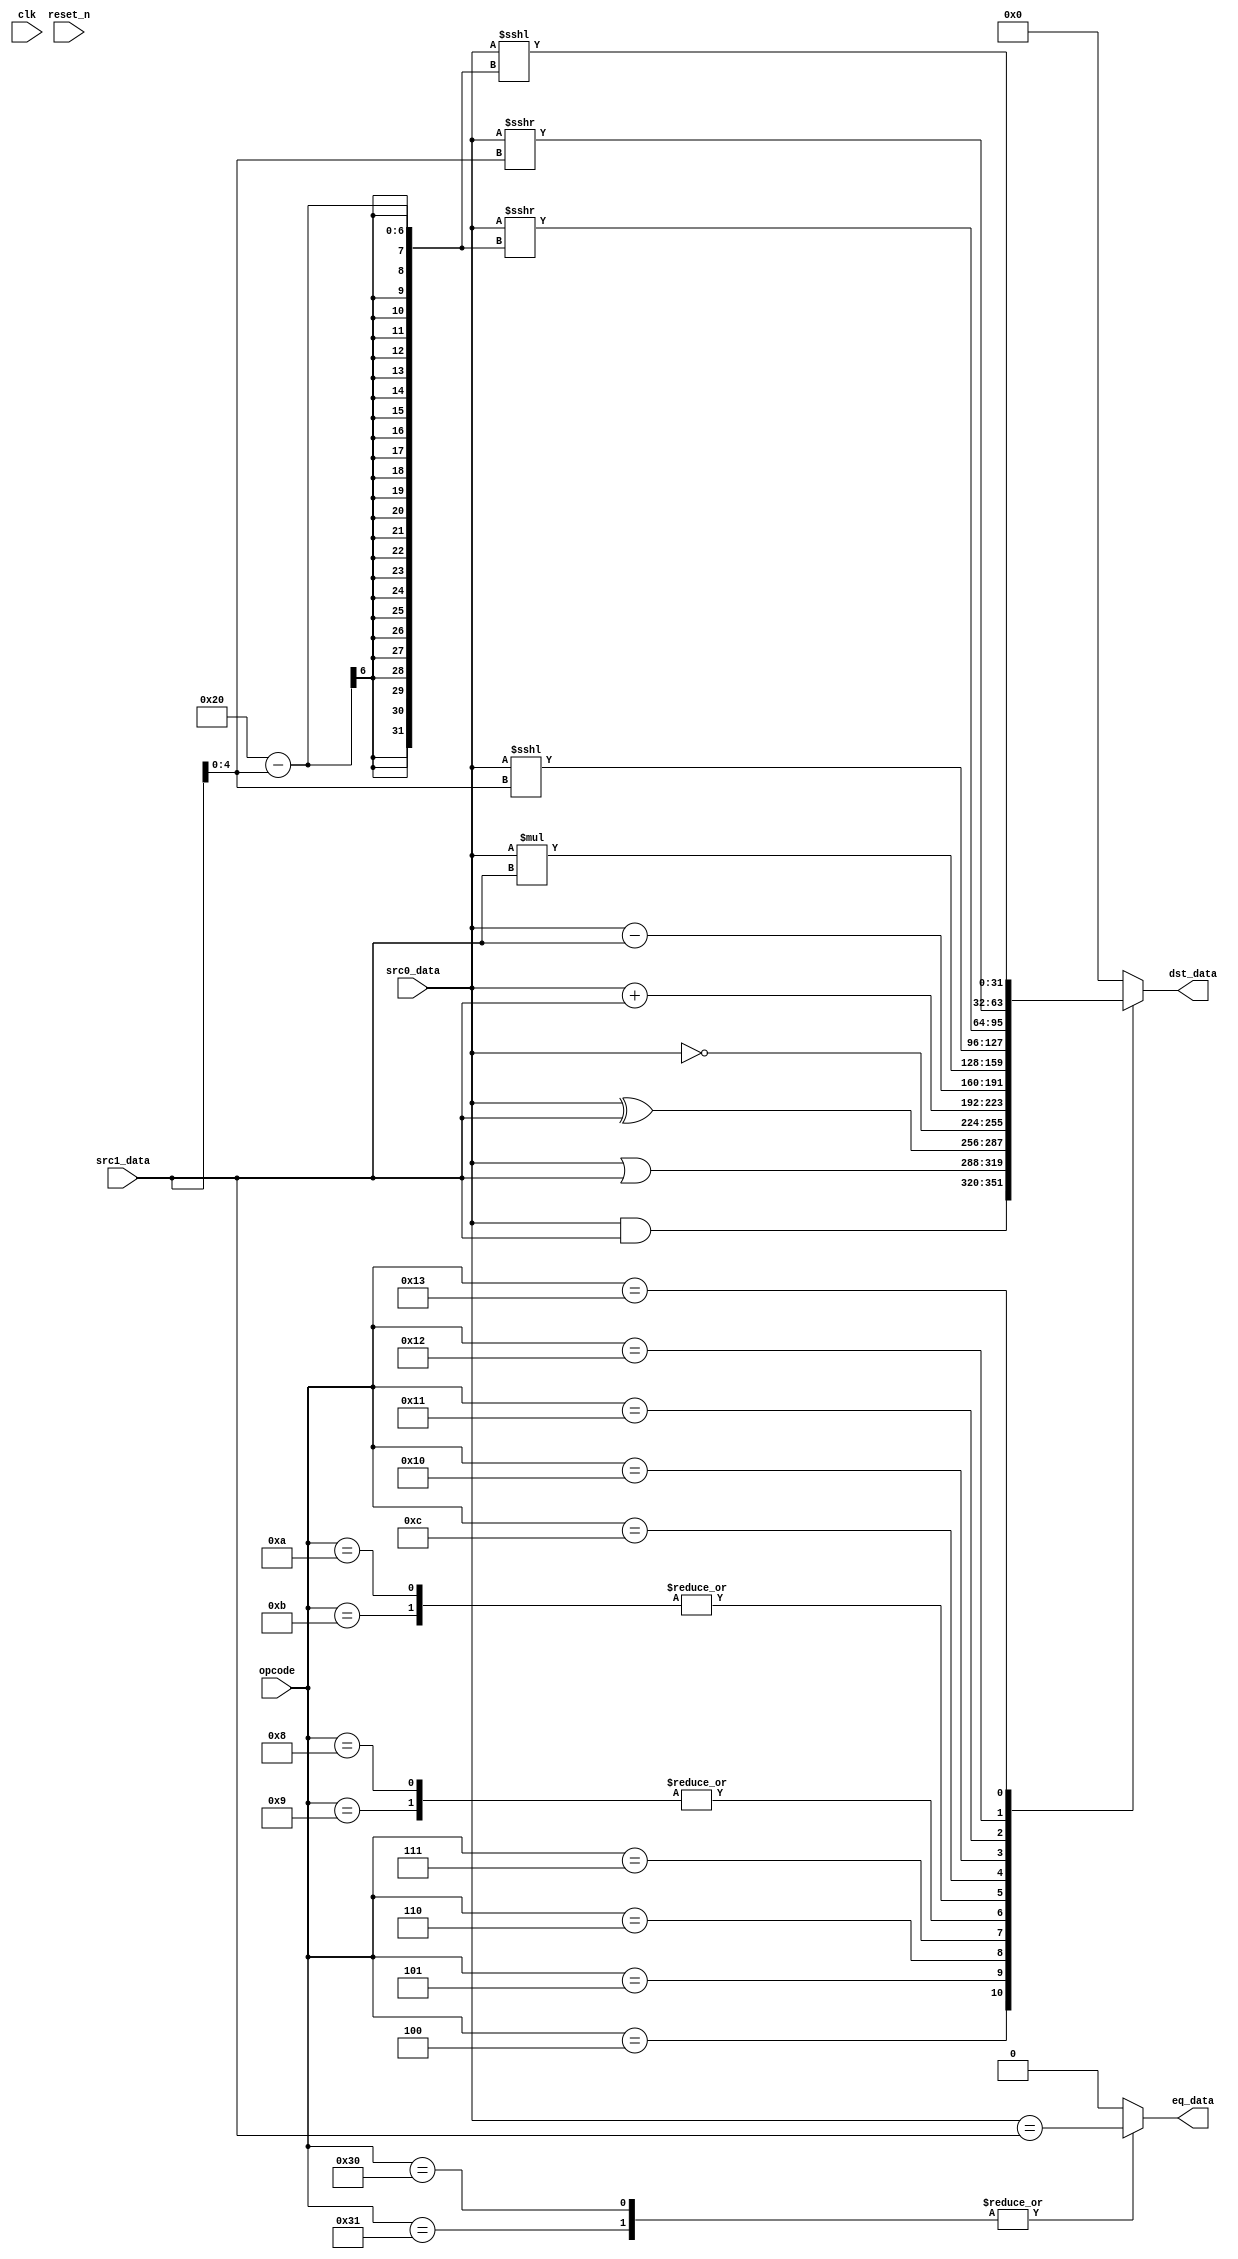
module fltcpu_alu(
                  input wire           clk,
                  input wire           reset_n,

                  input wire [5 : 0]   opcode,

                  input wire [31 : 0]  src0_data,
                  input wire [31 : 0]  src1_data,

                  output wire [31 : 0] dst_data,
                  output wire          eq_data
                 );


  //----------------------------------------------------------------
  // Internal constant and parameter definitions.
  //----------------------------------------------------------------
  localparam OPCODE_AND  = 6'h04;
  localparam OPCODE_OR   = 6'h05;
  localparam OPCODE_XOR  = 6'h06;
  localparam OPCODE_NOT  = 6'h07;

  localparam OPCODE_ADD  = 6'h08;
  localparam OPCODE_ADDI = 6'h09;
  localparam OPCODE_SUB  = 6'h0a;
  localparam OPCODE_SUBI = 6'h0b;
  localparam OPCODE_MUL  = 6'h0c;
  localparam OPCODE_MULI = 6'h0d;

  localparam OPCODE_ASL  = 6'h10;
  localparam OPCODE_ROL  = 6'h11;
  localparam OPCODE_ASR  = 6'h12;
  localparam OPCODE_ROR  = 6'h13;

  localparam OPCODE_CMP  = 6'h30;
  localparam OPCODE_CMPI = 6'h31;


  //----------------------------------------------------------------
  // Wires.
  //----------------------------------------------------------------
  reg [31 : 0] tmp_dst_data;
  reg          tmp_eq_data;
  wire [4 : 0] shamt;


  //----------------------------------------------------------------
  // Concurrent connectivity for ports etc.
  //----------------------------------------------------------------
  assign dst_data = tmp_dst_data;
  assign eq_data  = tmp_eq_data;
  assign shamt    = src1_data[4 : 0];


  //----------------------------------------------------------------
  // alu
  //
  // The alu logic.
  //----------------------------------------------------------------
  always @*
    begin : alu
      // Default assignments
      tmp_dst_data = 32'h0;
      tmp_eq_data  = 0;

      case (opcode)
        OPCODE_AND:
          tmp_dst_data = src0_data & src1_data;

        OPCODE_OR:
          tmp_dst_data = src0_data | src1_data;

        OPCODE_XOR:
          tmp_dst_data = src0_data ^ src1_data;

        OPCODE_NOT:
          tmp_dst_data = ~src0_data;

        OPCODE_ADD, OPCODE_ADDI:
          tmp_dst_data = src0_data + src1_data;

        OPCODE_SUB, OPCODE_SUBI:
          tmp_dst_data = src0_data - src1_data;

        OPCODE_MUL:
          tmp_dst_data = src0_data * src1_data;

        OPCODE_ASL:
          tmp_dst_data = src0_data <<< shamt;

        OPCODE_ROL:
          tmp_dst_data = {(src0_data <<< shamt),
                          (src0_data >>> (32 - shamt))};

        OPCODE_ASR:
          tmp_dst_data = src0_data >>> shamt;

        OPCODE_ROR:
          tmp_dst_data = {(src0_data >>> shamt),
                          (src0_data <<< (32 - shamt))};

        OPCODE_CMP, OPCODE_CMPI:
          tmp_eq_data = src0_data == src1_data;

        default:
          begin
          end
      endcase // case (opcode)
    end // alu

endmodule